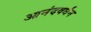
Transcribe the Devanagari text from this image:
आनंदवर्धंन